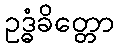
ဥဒ္ဓံခိတ္တော